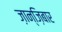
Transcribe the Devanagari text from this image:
ज़ान्ज़िबार